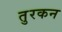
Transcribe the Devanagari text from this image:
तुरकन